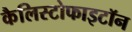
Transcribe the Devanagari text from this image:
कैलिस्टोफाइटॉन